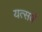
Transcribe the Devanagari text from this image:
यत्सर्वं